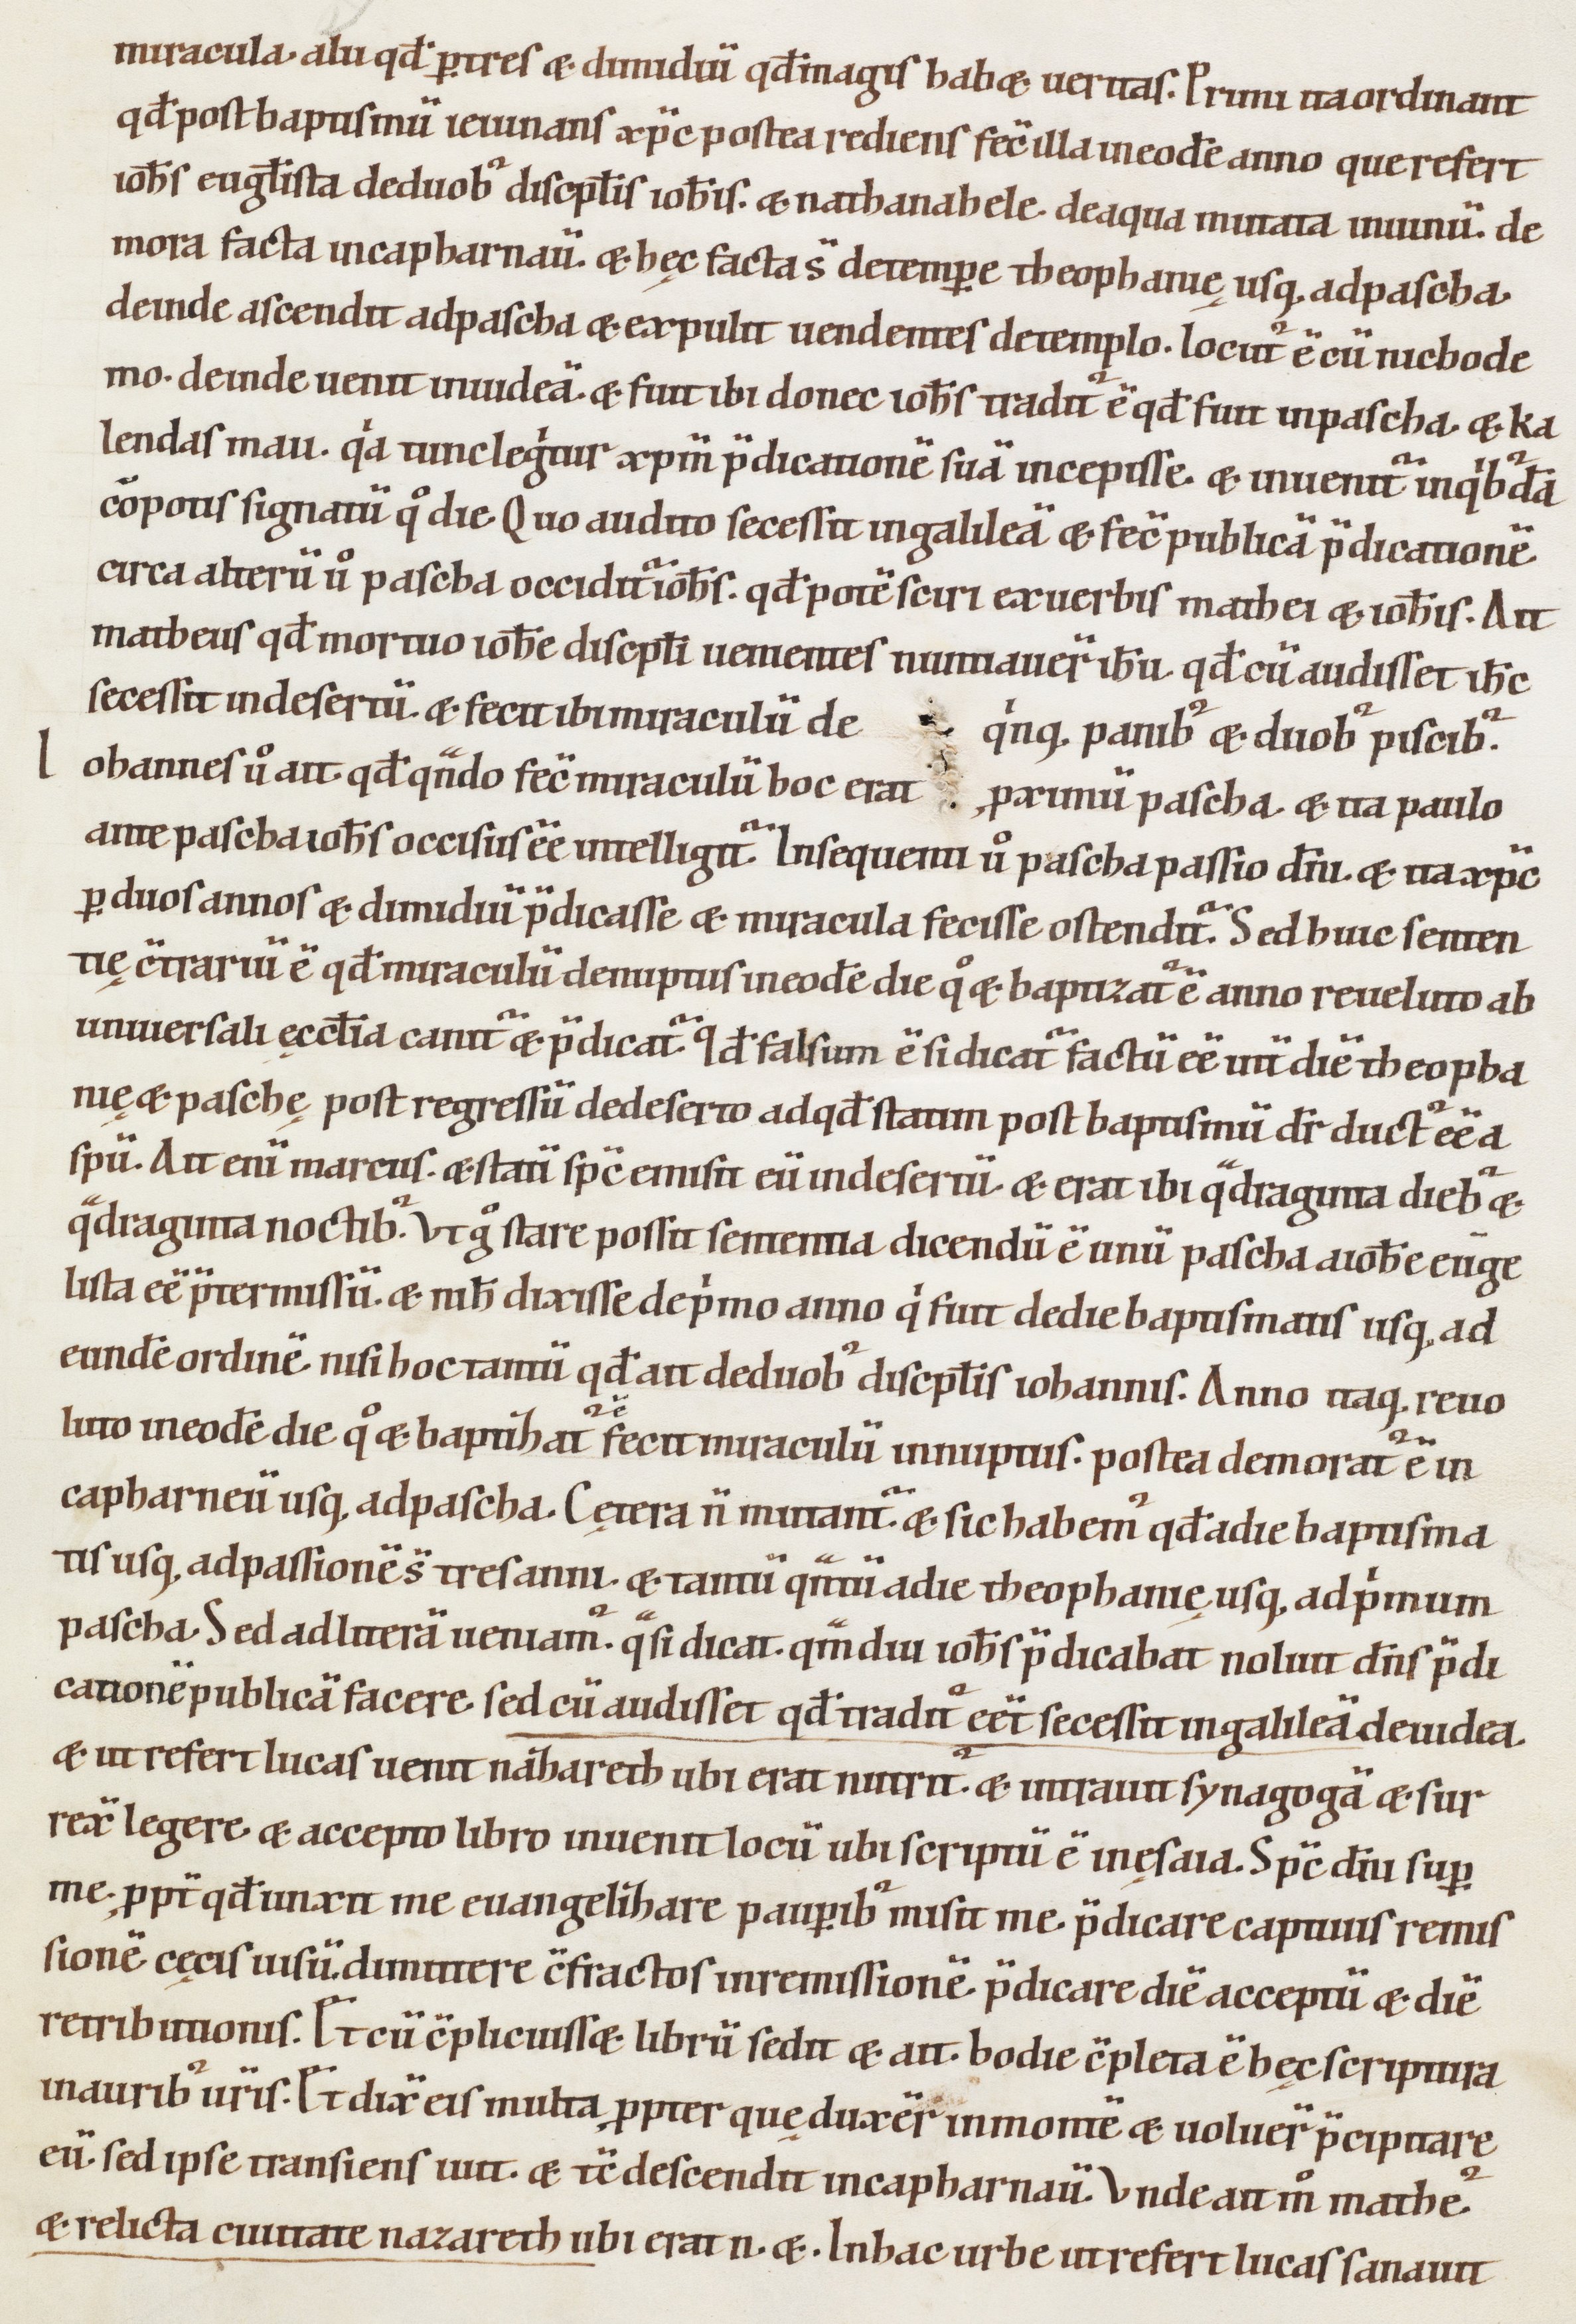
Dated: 1000–1199